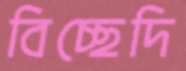
বিচ্ছেদি